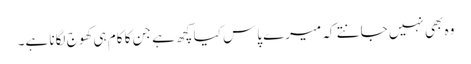
وہ بھی نہیں جانتے کہ میرے پاس کیا کچھ ہے جن کا کام ہی کھوج لگانا ہے۔